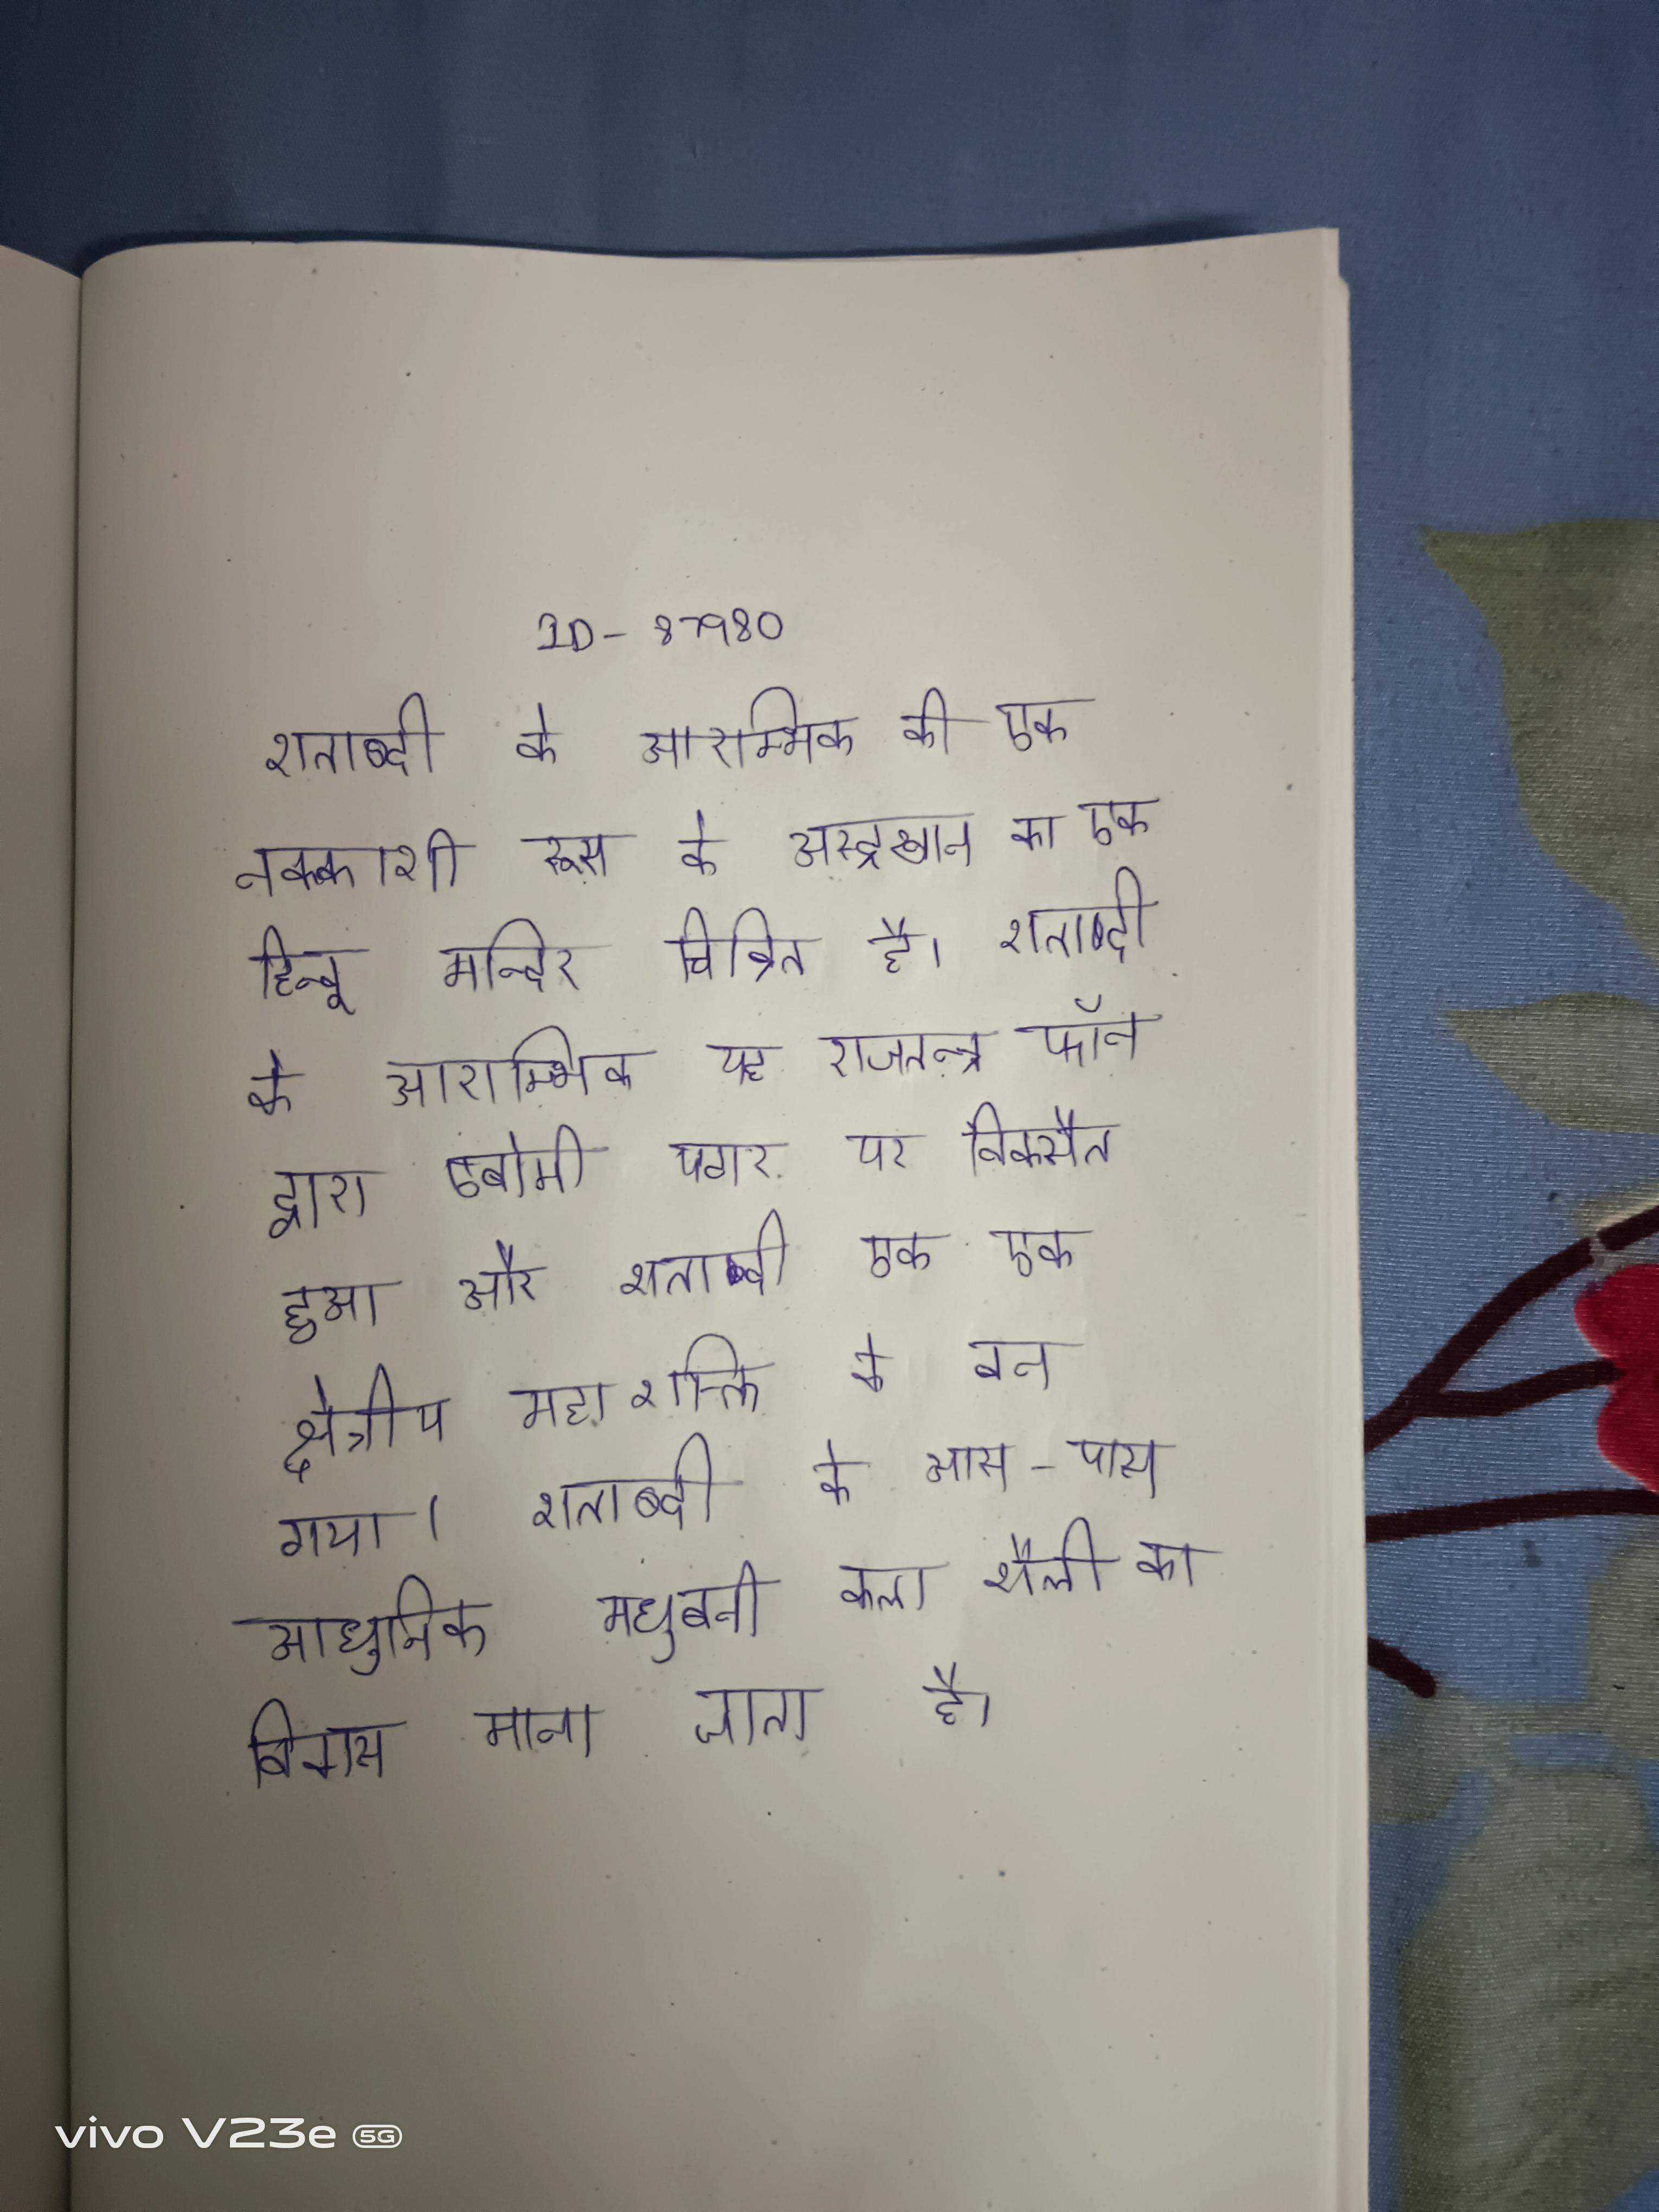
शताब्दी के आरम्भिक की एक नक्काशी रूस के अस्ट्रखान का एक हिन्दू मन्दिर चित्रित है । शताब्दी के आरम्भिक यह राजतन्त्र फॉन द्वारा एबोमी पठार पर विक्सैत हुआ और शताब्दी एक एक क्षेत्रीय महाशक्ति बन गया । शताब्दी के आस-पास आधुनिक मधुबनी कला शैली का विकास माना जाता है ।